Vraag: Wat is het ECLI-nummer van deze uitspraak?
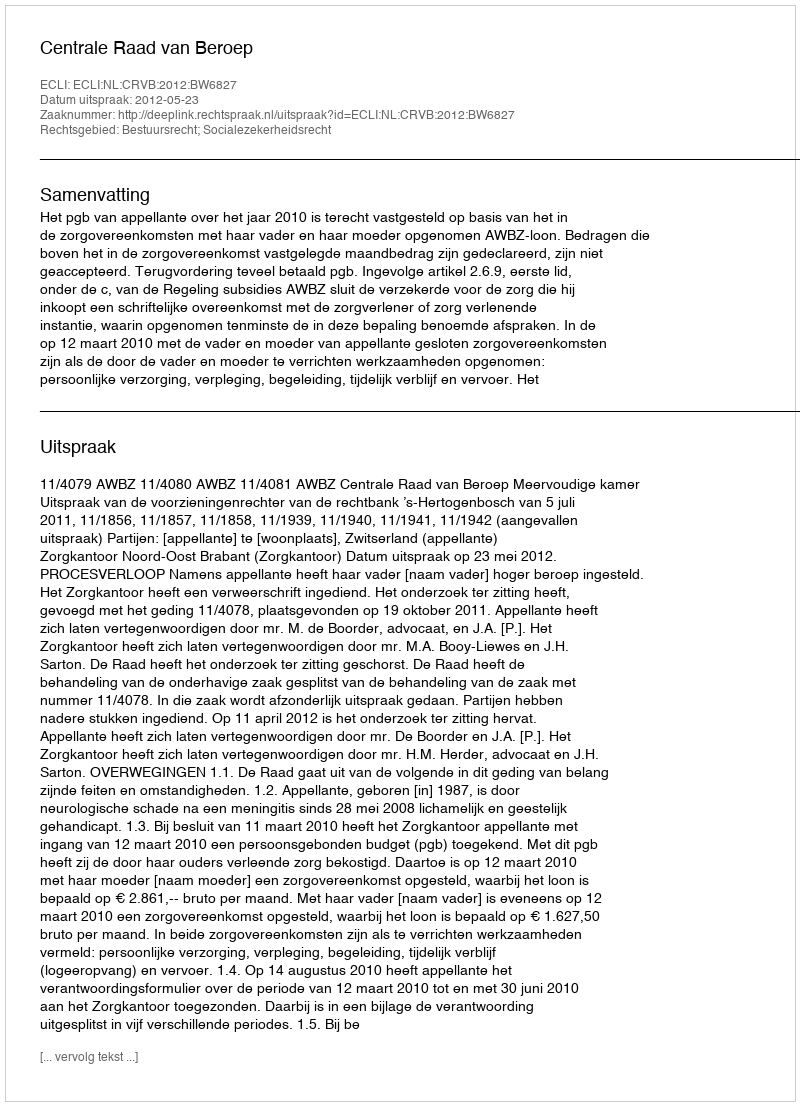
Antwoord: ECLI:NL:CRVB:2012:BW6827